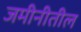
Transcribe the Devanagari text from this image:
जमीनीतील